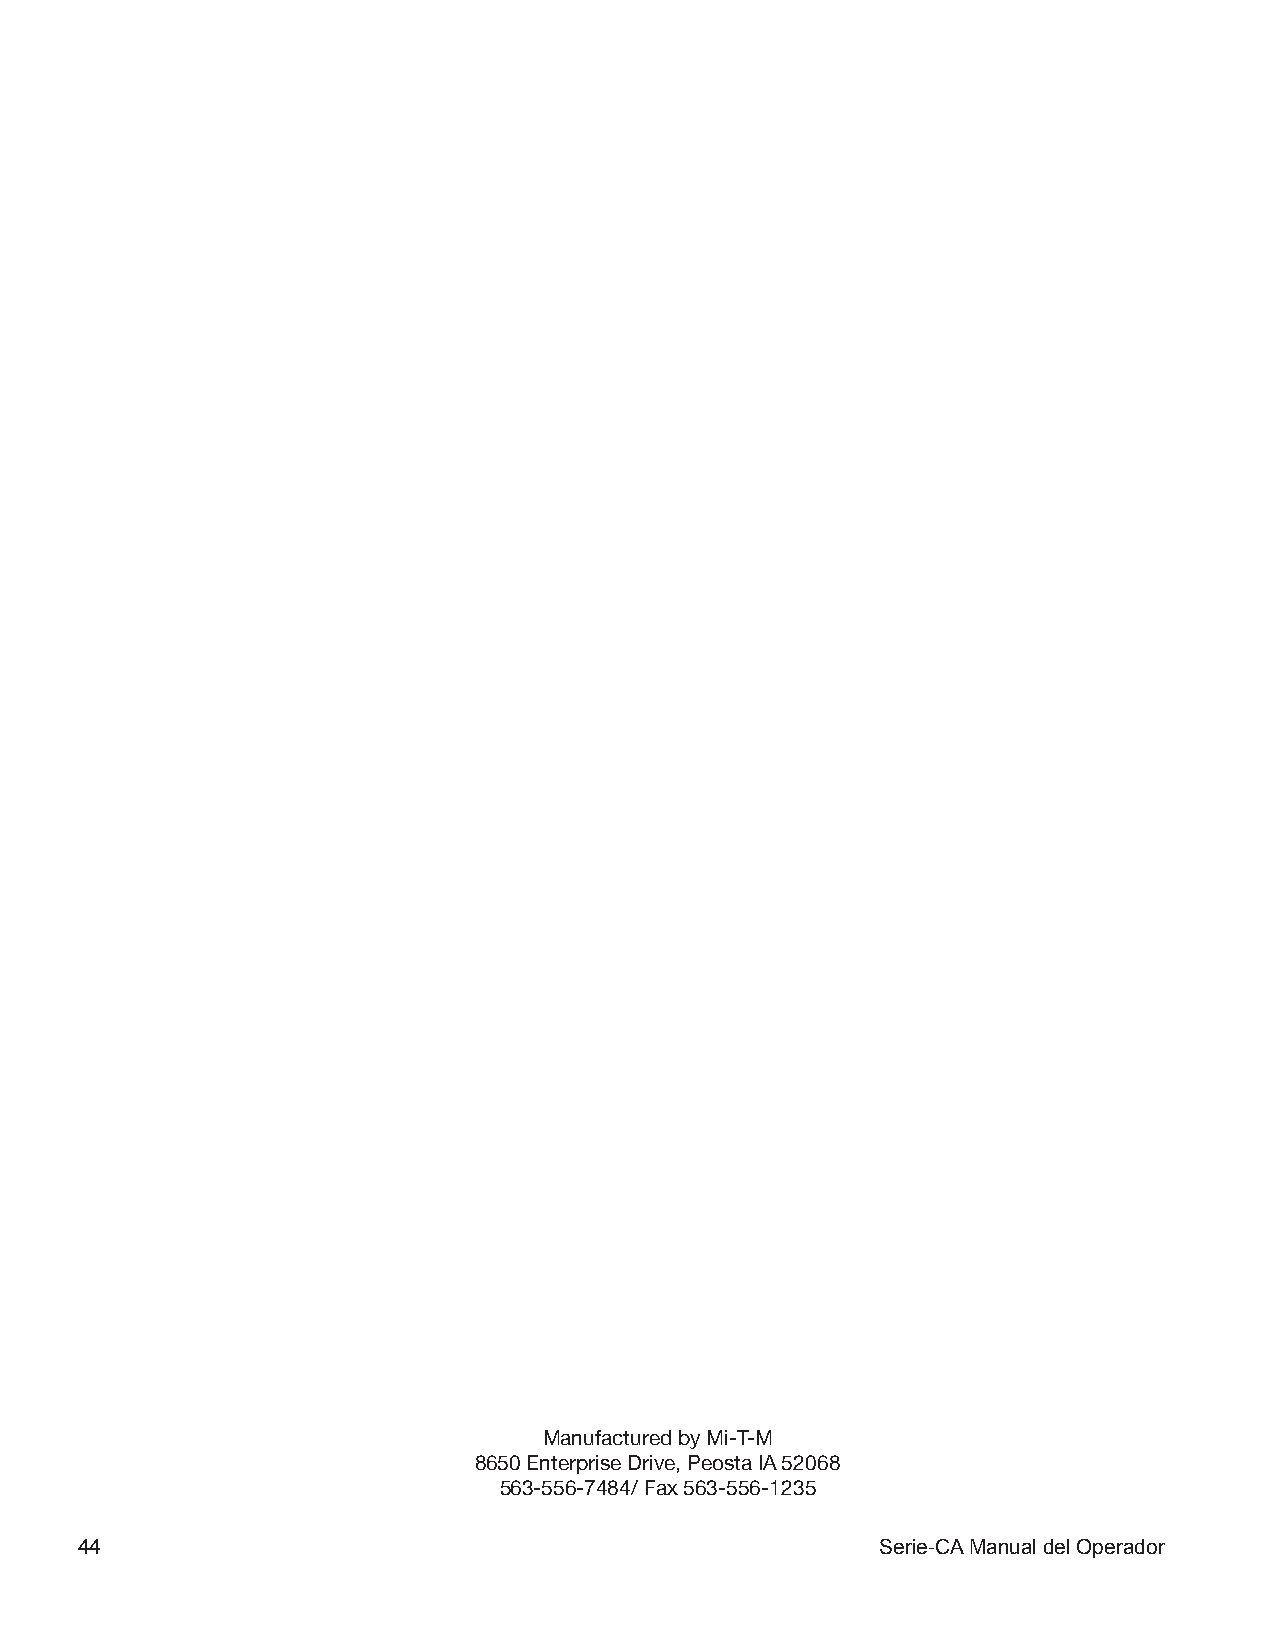
Manufactured by Mi-T-M
 8650 Enterprise Drive, Peosta IA 52068
 563-556-7484/ Fax 563-556-1235
 44                                                   Serie-CA Manual del Operador